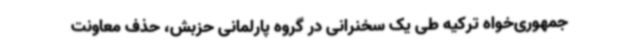
جمهوری‌خواه ترکیه طی یک سخنرانی در گروه پارلمانی حزبش، حذف معاونت